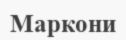
Маркони